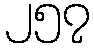
၂၅၇